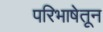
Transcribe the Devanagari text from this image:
परिभाषेतून